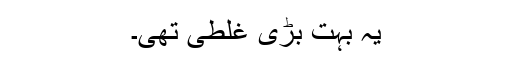
یہ بہت بڑی غلطی تھی۔